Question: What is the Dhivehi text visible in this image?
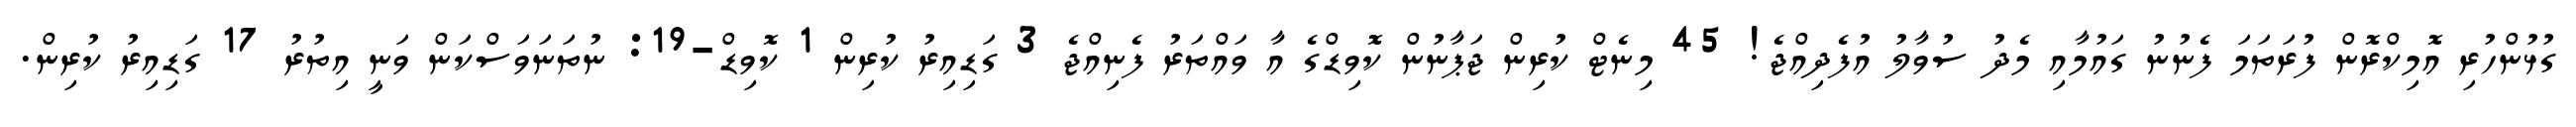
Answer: ގުޅުންހުރި އޮމިކްރޮން ފުރަތަމަ ފެނުނު ގައުމާއި މެދު ސުވާލު އުފެދިއްޖެ! 45 މިނެޓް ކުރިން ޖަޕާނުން ކޮވިޑްގެ އާ ވައްތަރު ފެނިއްޖެ 3 ގަޑިއިރު ކުރިން 1 ކޮވިޑް-19: ނުތަނަވަސްކަން ވަނީ އިތުރު 17 ގަޑިއިރު ކުރިން.